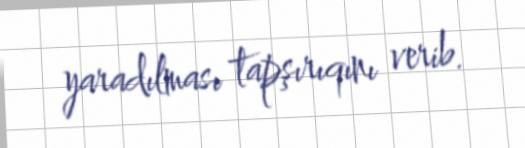
yaradılması tapşırıqını verib.